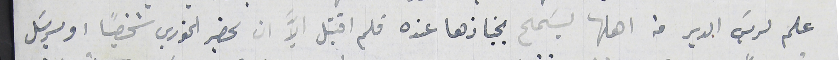
علم لريسَ الدير من اهلها ليسَمح بجنازها عنده فلم اقتبل الاَّ ان يحضر الخوري شخصياً او يرسَل